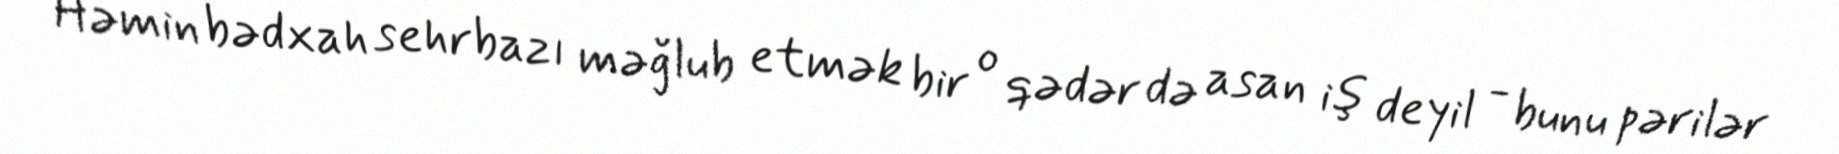
Həmin bədxah sehrbazı məğlub etmək bir o qədər də asan iş deyil - bunu pərilər